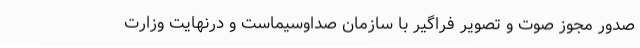
صدور مجوز صوت و تصویر فراگیر با سازمان صداوسیماست و درنهایت وزارت